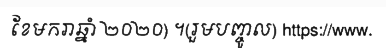
ខែមករាឆ្នាំ ២០២០) ។(រួមបញ្ចូល) https://www.